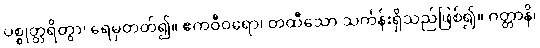
ပစ္စုတ္တရိတွာ၊ ရေမှတတ်၍။ ဧကဝီဝရော၊ တထီသော သင်္ကန်းရှိသည်ဖြစ်၍။ ဂတ္တာနိ၊